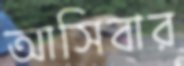
আসিবার